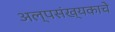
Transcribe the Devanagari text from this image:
अल्पसंख्यकाचे